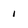
Character: i